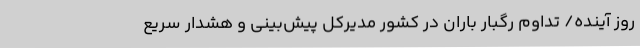
روز آینده/ تداوم رگبار باران در کشور مدیرکل پیش‌بینی و هشدار سریع